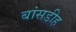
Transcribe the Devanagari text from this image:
बांसडीह